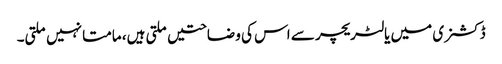
ڈکشنری میں یا لٹریچر سے اس کی وضاحتیں ملتی ہیں، مامتا نہیں ملتی۔